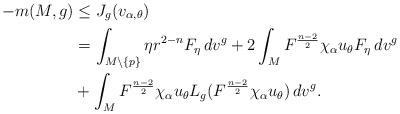
LaTeX: \begin{align*}-m(M,g)&\leq J_g(v_{\alpha,\theta})\\&=\int_{M\setminus\{p\}}\eta r^{2-n}F_{\eta}\,dv^g+2\int_{M}F^{\frac{n-2}{2}}\chi_{\alpha} u_{\theta}F_{\eta}\,dv^g\\&{}+\int_{M}F^{\frac{n-2}{2}}\chi_{\alpha} u_{\theta}L_g(F^{\frac{n-2}{2}}\chi_{\alpha} u_{\theta})\,dv^g.\end{align*}